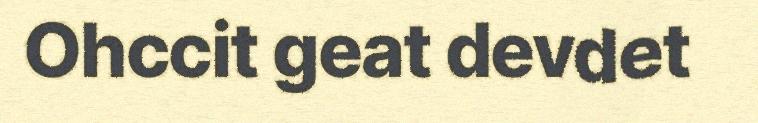
Ohccit geat devdet